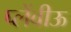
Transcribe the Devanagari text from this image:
प्लेंवीऊ